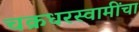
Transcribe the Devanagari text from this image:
चक्रधरस्वामींचा